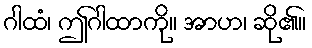
ဂါထံ၊ ဤဂါထာကို။ အာဟ၊ ဆို၏။